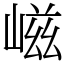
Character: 嵫